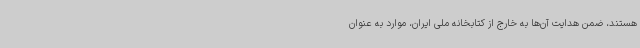
هستند، ضمن هدایت آن‌ها به خارج از کتابخانه ملی ایران، موارد به عنوان